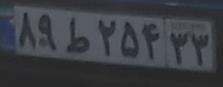
۸۹ط۲۵۴۳۳